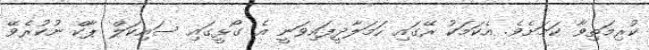
ކުރިމަތިވާ ކަމަށެވެ. އެކަމަކު ރޭގައި ހަމަލާދީފައިވަނީ އެ ގޯޅީގައި ސައިކަލް ޕާކް ނުކުރެވޭ